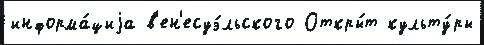
информа́циjа в'ен'есуэ́льского Откры́т культу́ры